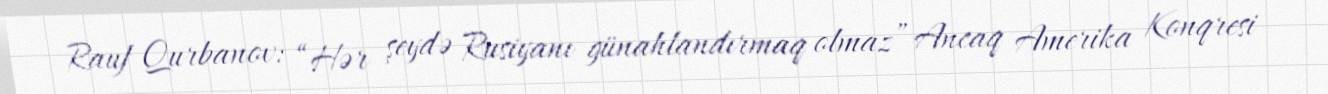
Rauf Qurbanov: “Hər şeydə Rusiyanı günahlandırmaq olmaz” Ancaq Amerika Konqresi